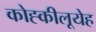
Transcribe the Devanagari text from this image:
कोह्कीलूयेह